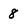
Character: 8